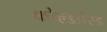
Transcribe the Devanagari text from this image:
कोल्डप्रेस्ड